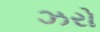
ઝરો